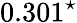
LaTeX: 0.301^{\star}